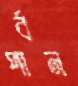
পার্বন